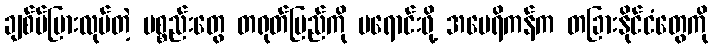
ချစ်ပ်ပြားလုပ်တဲ့ ပစ္စည်းတွေ တရုတ်ပြည်ကို မရောင်းဖို့ အမေရိကန်က တခြားနိုင်ငံတွေကို